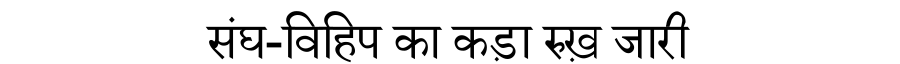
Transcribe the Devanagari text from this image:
संघ-विहिप का कड़ा रुख़ जारी